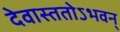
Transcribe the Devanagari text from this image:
देवास्ततोऽभवन्